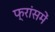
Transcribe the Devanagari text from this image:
फ्रांसमें